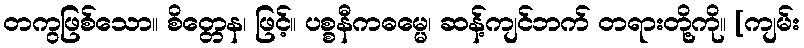
တကွဖြစ်သော။ စိတ္တေန၊ ဖြင့်။ ပစ္စနီကဓမ္မေ၊ ဆန့်ကျင်ဘက် တရားတို့ကို။ [ကျမ်း